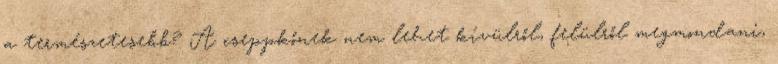
a természetesebb? A cseppkőnek nem lehet kívülről, felülről megmondani,